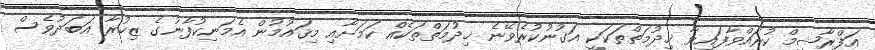
އަފްރާޝީމް ކުރައްވާފައިވާ ޚިދުމަތްތަކަކީ އަގުނުކުރެވޭނެ ޚިދުމަތްތަކެއް ކަމަށާއި މިޤައުމުން އެމަނިކުފާނުގެ ޒިކުރާ އަބަދުވެސް